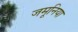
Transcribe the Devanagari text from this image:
जमूनिया